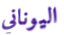
اليوناني